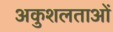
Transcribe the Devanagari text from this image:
अकुशलताओं